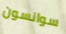
سوانسون